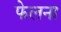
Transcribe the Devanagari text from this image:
फेलना